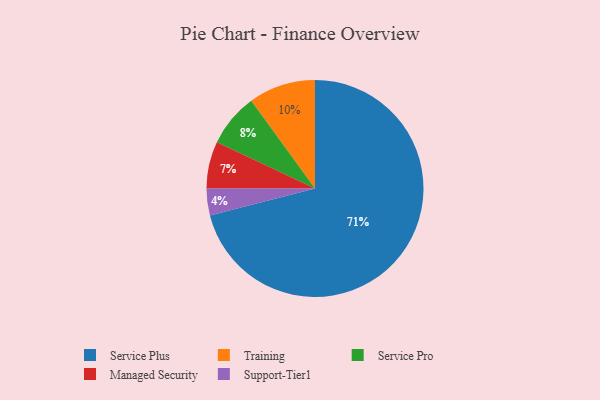
{"axis": {"x": "Category", "y": "Percentage"}, "legend": ["Managed Security", "Service Plus", "Service Pro", "Support-Tier1", "Training"], "data": [{"x": "Managed Security", "y": 7, "type": "Managed Security"}, {"x": "Service Pro", "y": 8, "type": "Service Pro"}, {"x": "Support-Tier1", "y": 4, "type": "Support-Tier1"}, {"x": "Training", "y": 10, "type": "Training"}, {"x": "Service Plus", "y": 71, "type": "Service Plus"}]}